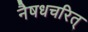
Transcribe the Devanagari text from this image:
नैषधचरित्‌